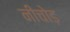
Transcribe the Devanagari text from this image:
नीचोड़